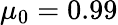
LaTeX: \mu_{0}=0.99